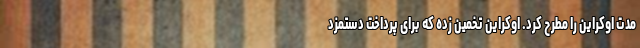
مدت اوکراین را مطرح کرد. اوکراین تخمین زده که برای پرداخت دستمزد